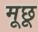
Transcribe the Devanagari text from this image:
मूछू